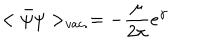
< \bar { \psi } \psi > _ { v a c . } = - \frac { \mu } { 2 \pi } e ^ { \gamma }